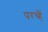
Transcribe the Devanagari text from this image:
परच्हैं